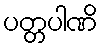
ပတ္တပါဏိ